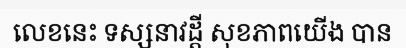
លេខនេះ ទស្សនាវដ្តី សុខភាពយើង បាន